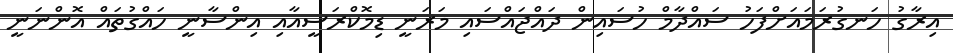
އިރާގު ހަނގުރަމައަށްފަހު ސައްދާމް ހުސައިން ދައްޖައްސައި މަރަނީ ޑިމޮކްރަސީއާއި އިންސާނީ ހައްގުތައް އޮންނަނީ